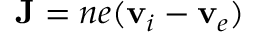
\mathbf { J } = n e ( \mathbf { v } _ { i } - \mathbf { v } _ { e } )